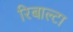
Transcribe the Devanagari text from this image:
रिबाल्टा